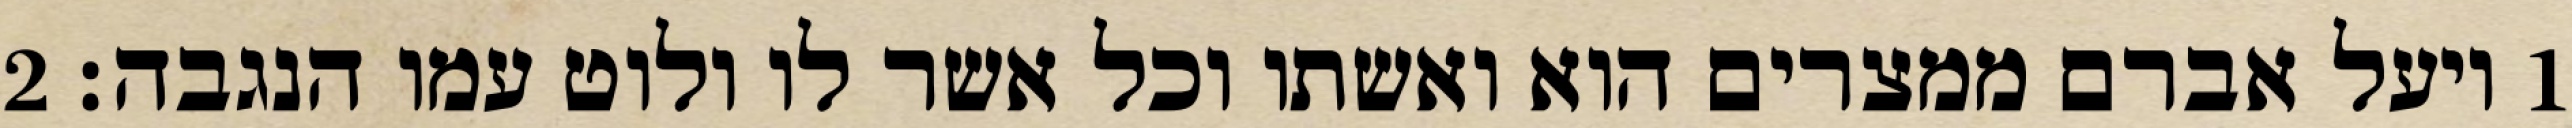
1 ויעל אברם ממצרים הוא ואשתו וכל אשר לו ולוט עמו הנגבה׃ ‎2‏